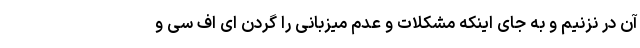
آن در نزنیم و به جای اینکه مشکلات و عدم میزبانی را گردن ای اف سی و